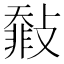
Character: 㪪